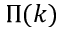
\Pi ( k )